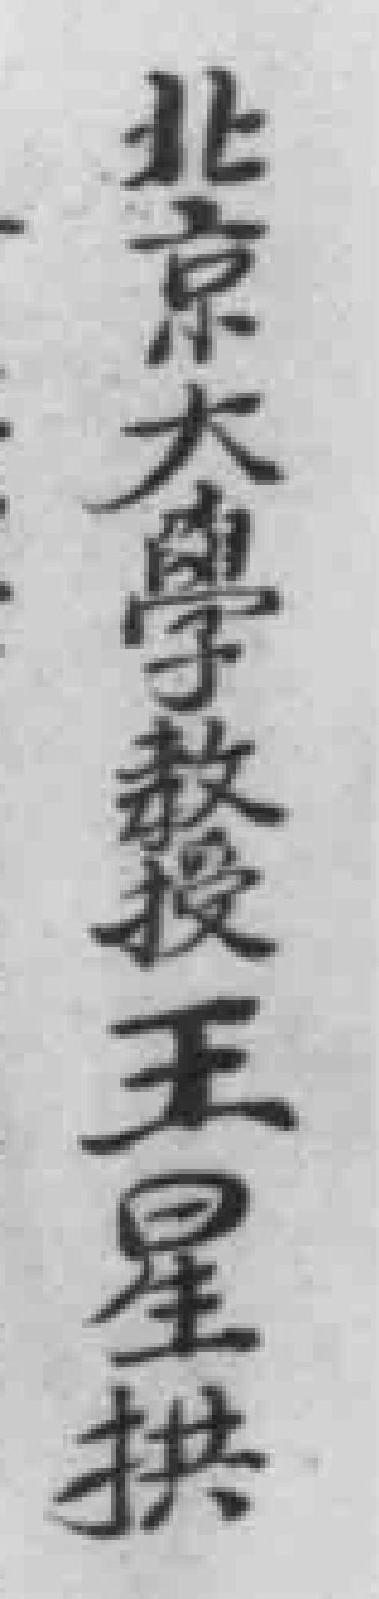
北京大學教授王星拱